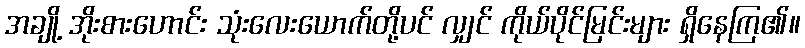
အချို့ အိုးစားဟောင်း သုံးလေးယောက်တို့ပင် လျှင် ကိုယ်ပိုင်မြင်းများ ရှိနေကြ၏။